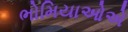
ભોમિયાઓએ